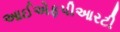
આઈએફપીઆરટી